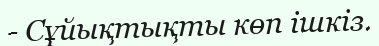
- Сұйықтықты көп ішкіз.